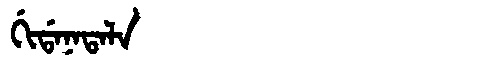
Manchu: ᡤᡳᡩᠠᠨᠠᡨᠠᠯᠠ
Romanization: GIDANATALA